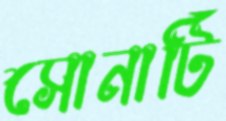
সোনাটি